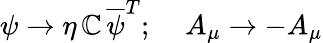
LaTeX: \psi\rightarrow\eta\, \mathbb{C}\, \overline{{{{\psi}}}}^{T};\; \; \; \; A_{\mu}\rightarrow-A_{\mu}